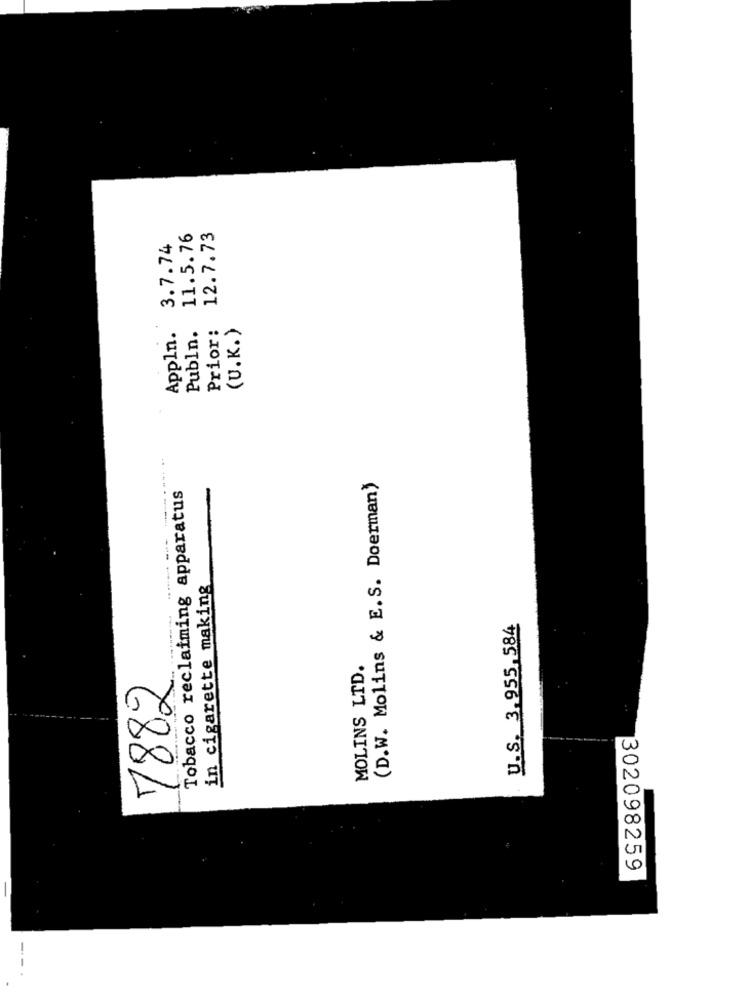
12.7.73
11.5.76
3.7.74
Appln.
Publn.
Prior:
(U.K.)
Tobacco reclaiming apparatus
(D.W. Molins & E.S. Doerman)
in cigarette making
U.S. 3.955,584
MOLINS LTD.
7882
302098259
-